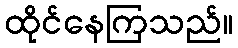
ထိုင်နေကြသည်။